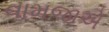
વામજાએ